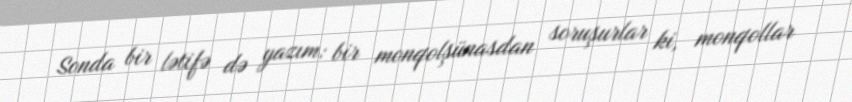
Sonda bir lətifə də yazım: bir monqolşünasdan soruşurlar ki, monqollar